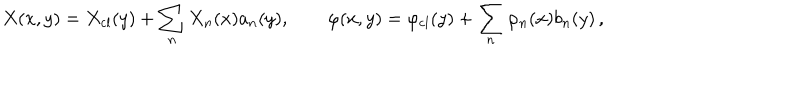
LaTeX: X ( x , y ) = X _ { \mathrm { c l } } ( y ) + \sum _ { n } X _ { n } ( x ) a _ { n } ( y ) , \qquad \varphi ( x , y ) = \varphi _ { \mathrm { c l } } ( y ) + \sum _ { n } \varphi _ { n } ( x ) b _ { n } ( y ) \, ,